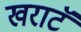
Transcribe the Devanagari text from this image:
खराटॅ